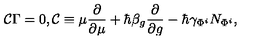
{ \cal C } \Gamma = 0 , { \cal C } \equiv \mu \frac \partial { \partial \mu } + \hbar \beta _ { g } \frac \partial { \partial g } - \hbar \gamma _ { \Phi ^ { i } } N _ { \Phi ^ { i } } ,